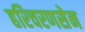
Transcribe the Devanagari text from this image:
हरिचरणसेन